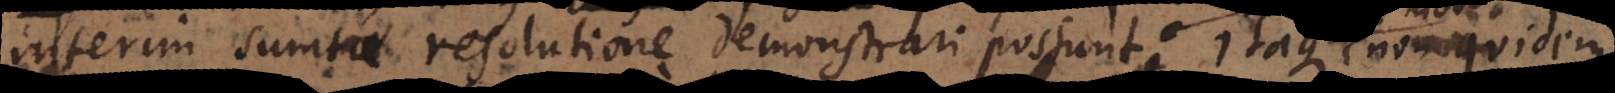
interim sumtae resolutione demonstrari possunt. Sic Euclides